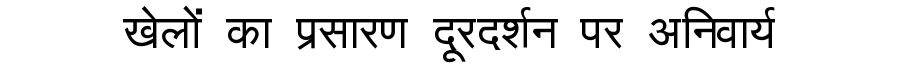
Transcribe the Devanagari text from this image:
खेलों का प्रसारण दूरदर्शन पर अनिवार्य